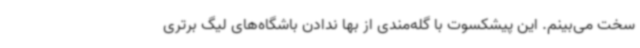
سخت می‌بینم. این پیشکسوت با گله‌مندی از بها ندادن باشگاه‌های لیگ برتری